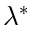
\lambda ^ { * }